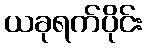
ယခုရက်ပိုင်း